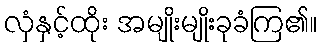
လှံနှင့်ထိုး အမျိုးမျိုးခုခံကြ၏။